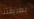
بطريقتنا